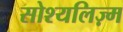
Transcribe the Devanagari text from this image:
सोश्यलिज़्म